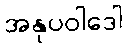
အနုပဝါဒေါ